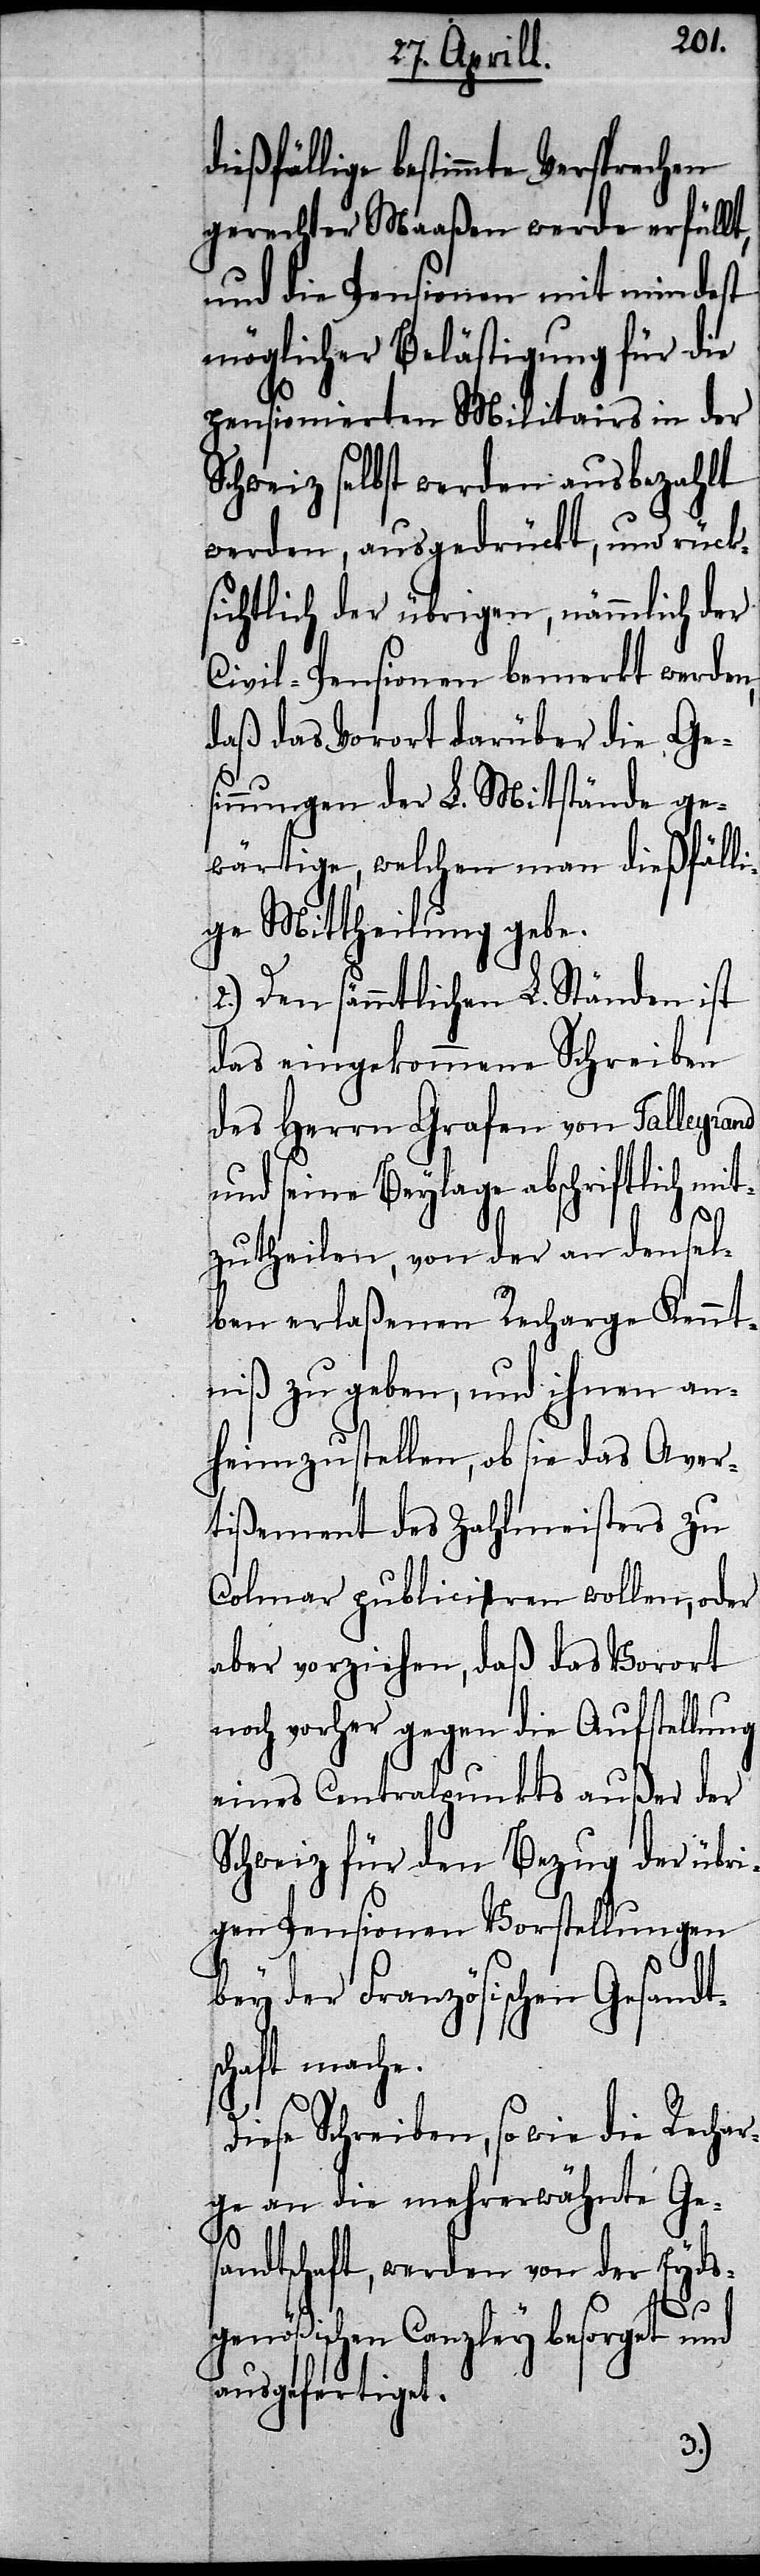
dießfällige bestimmte Versprechen
gerechter Maaßen werde erfüllt,
und die Pensionen mit mindest
möglicher Belästigung für die
pensionierten Militairs in der
Schweiz selbst werden ausbezahlt
werden, ausgedrückt, und rück¬
sichtlich der übrigen, nämmlich der
Civil-Pensionen bemerkt werden,
daß das Vorort darüber die Ge¬
sinnungen der L. Mitstände ge¬
wärtige, welchen man dießfäll¬
ige Mittheilung gebe.
2.) Den sämmtlichen L. Ständen ist
das eingekommene Schreiben
des Herrn Grafen von Talleyrand
und seine Beylage abschriftlich mit¬
zutheilen, von der an densel¬
ben erlaßenen Recharge Kennt¬
niß zu geben, und ihnen an¬
heimzustellen, ob sie das Aver¬
tißement des Zahlmeisters zu
Colmar publicieren wollen, oder
aber vorziehen, daß das Vorort
noch vorher gegen die Aufstellung
eines Centralpunkts außer der
Schweiz für den Bezug der übri¬
gen Pensionen Vorstellungen
bey der Französischen Gesandt¬
haft mache.
Diese Schreiben, so wie die Rechar¬
ge an die mehrerwähnte Ges¬
andtschaft, werden von der Eyds¬
genößischen Canzley besorgt und
ausgefertiget.
sc¬